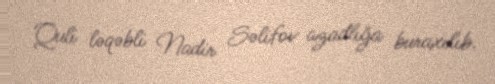
Quli ləqəbli Nadir Səlifov azadlığa buraxılıb.